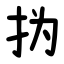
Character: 㧑